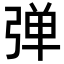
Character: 弹